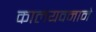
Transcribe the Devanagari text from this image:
कालयवनाने